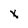
Character: x